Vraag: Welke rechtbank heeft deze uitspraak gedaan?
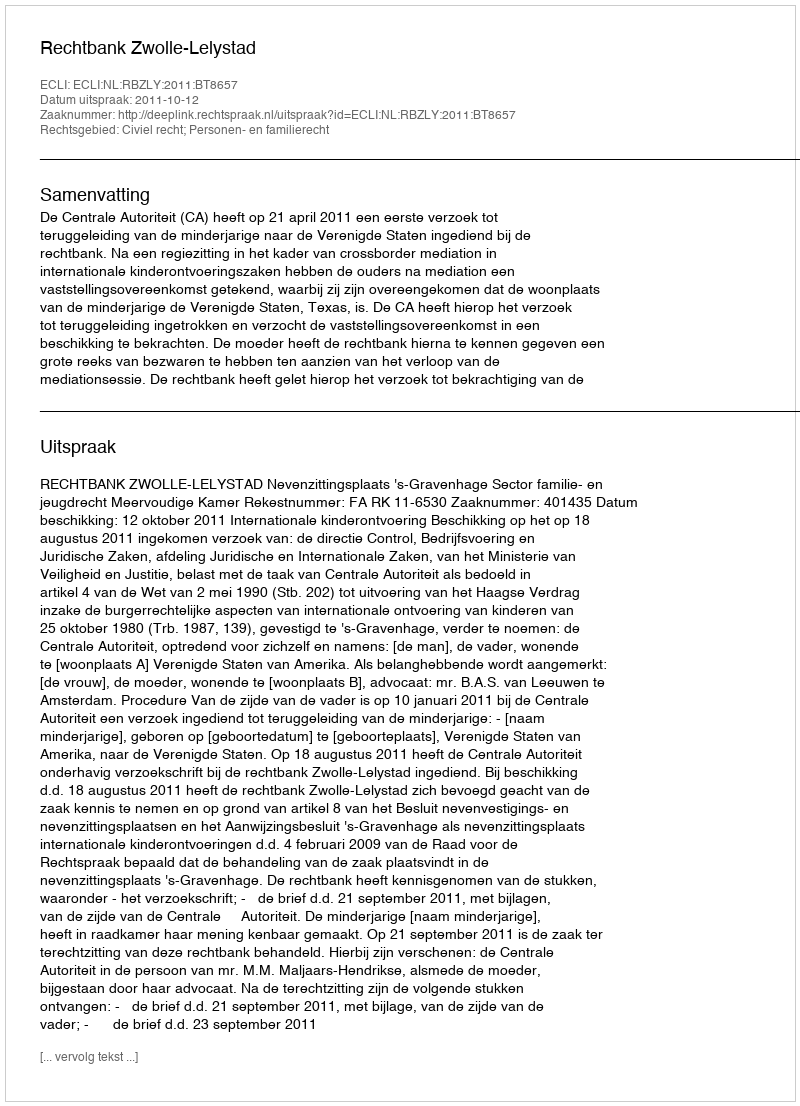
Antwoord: Rechtbank Zwolle-Lelystad